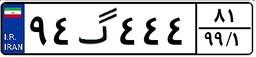
۹۴گ۴۴۴۸۱